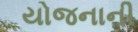
યોજનાની